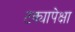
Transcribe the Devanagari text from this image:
टक्यापेक्षा